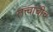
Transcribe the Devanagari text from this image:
तत्त्वांचीच